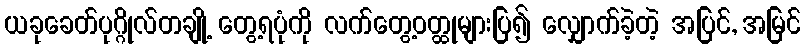
ယခုခေတ်ပုဂ္ဂိုလ်တချို့ တွေ့ရပုံကို လက်တွေ့ဝတ္ထုများပြ၍ လျှောက်ခဲ့တဲ့ အပြင်, အမြင်